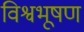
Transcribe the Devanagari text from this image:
विश्वभूषण